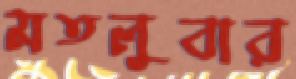
মতলুবার